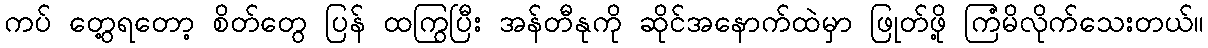
ကပ် တွေ့ရတော့ စိတ်တွေ ပြန် ထကြွပြီး အန်တီနုကို ဆိုင်အနောက်ထဲမှာ ဖြုတ်ဖို့ ကြံမိလိုက်သေးတယ်။